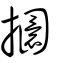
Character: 攌